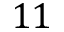
1 1